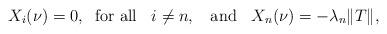
LaTeX: \begin{align*}X_{i}(\nu)=0,\;\;\textrm{for all }\;\;i\neq n,\;\;\textrm{ and }\;\;X_{n}(\nu)=-\lambda_{n}\|T\|,\end{align*}